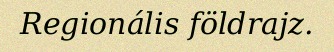
Regionális földrajz.